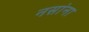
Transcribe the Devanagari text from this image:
नसांना